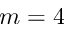
m = 4